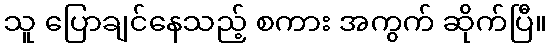
သူ ပြောချင်နေသည့် စကား အကွက် ဆိုက်ပြီ။